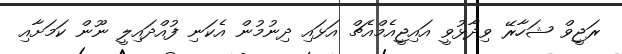
ރަޖީވް ޝަހާރޭ ވިދާޅުވީ އައިޖީއެމްއެޗް އަޅައި ދިނުމުން އެކަނި ފުއްދައިލީ ނޫން ކަަމަށާއި